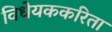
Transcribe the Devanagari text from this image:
विधेयककरिता